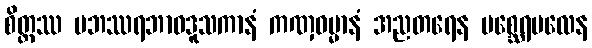
စိတ္တဿ ပဘဿရဘာဝဒူသကာနံ ကဏှဓမ္မာနံ အညတရေန မစ္ဆေရမလေန